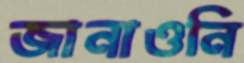
জানাওনি